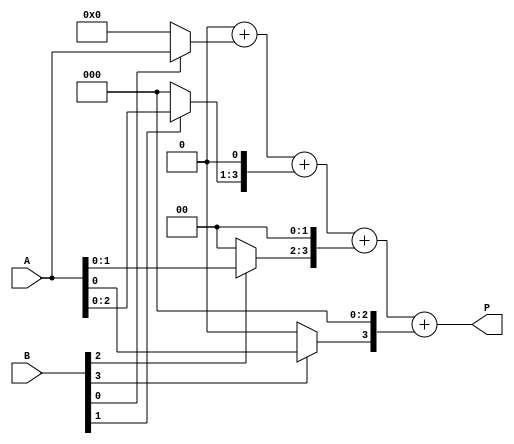
module array_multiplier #(parameter N = 4, M = 4) (
    input [N-1:0] A,      // First operand
    input [M-1:0] B,      // Second operand
    output reg [N+M-1:0] P // Product output
);

    reg [N-1:0] partial_product[M-1:0]; // Array to hold partial products
    integer i, j;

    // Generate partial products
    always @(*) begin
        // Initialize partial products to zero
        for (i = 0; i < M; i = i + 1) begin
            partial_product[i] = (B[i] ? A : 0);
        end

        // Shift partial products according to their bit position
        for (i = 0; i < M; i = i + 1) begin
            partial_product[i] = partial_product[i] << i;
        end

        // Initialize product to zero
        P = 0;

        // Sum the partial products
        for (i = 0; i < M; i = i + 1) begin
            P = P + partial_product[i];
        end
    end

endmodule